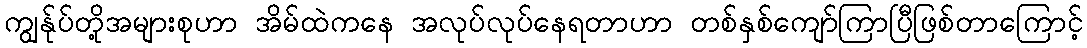
ကျွန်ုပ်တို့အများစုဟာ အိမ်ထဲကနေ အလုပ်လုပ်နေရတာဟာ တစ်နှစ်ကျော်ကြာပြီဖြစ်တာကြောင့်